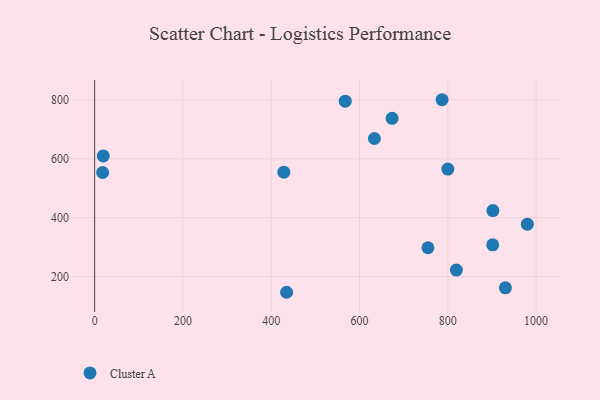
{"axis": {"x": "Distance", "y": "Sales"}, "legend": ["Cluster A"], "data": [{"x": "902.0", "y": 424.1, "type": "Cluster A"}, {"x": "755.0", "y": 297.9, "type": "Cluster A"}, {"x": "787.0", "y": 800.5, "type": "Cluster A"}, {"x": "800.0", "y": 565.2, "type": "Cluster A"}, {"x": "819.4", "y": 222.1, "type": "Cluster A"}, {"x": "428.6", "y": 554.5, "type": "Cluster A"}, {"x": "930.4", "y": 162.0, "type": "Cluster A"}, {"x": "633.7", "y": 668.8, "type": "Cluster A"}, {"x": "567.7", "y": 795.5, "type": "Cluster A"}, {"x": "901.6", "y": 307.8, "type": "Cluster A"}, {"x": "673.8", "y": 737.5, "type": "Cluster A"}, {"x": "18.1", "y": 553.5, "type": "Cluster A"}, {"x": "434.9", "y": 146.8, "type": "Cluster A"}, {"x": "980.2", "y": 378.0, "type": "Cluster A"}, {"x": "19.6", "y": 609.7, "type": "Cluster A"}]}